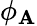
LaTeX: \phi_{\mathbf{A}}